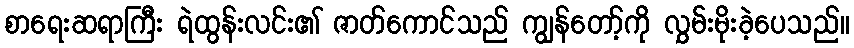
စာရေးဆရာကြီး ရဲထွန်းလင်း၏ ဇာတ်ကောင်သည် ကျွန်တော့်ကို လွှမ်းမိုးခဲ့ပေသည်။